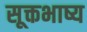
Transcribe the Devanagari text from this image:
सूक्तभाष्य